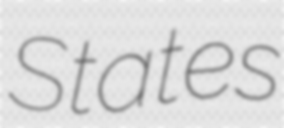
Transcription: States